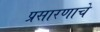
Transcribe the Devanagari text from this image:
प्रसारणाचे